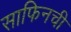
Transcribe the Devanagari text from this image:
साफिनची